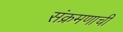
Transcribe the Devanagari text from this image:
संक्रमणाची